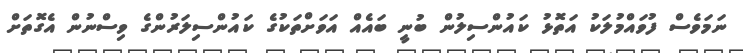
ނަމަވެސް ފުވައްމުލަކު އަތޮޅު ކައުންސިލުން ބުނީ ބައެއް އަވަށްތަކުގެ ކައުންސިލަރުންގެ ވިސްނުން އެގޮތަށް